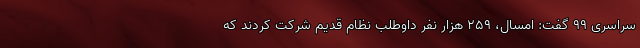
سراسری ۹۹ گفت: امسال، ۲۵۹ هزار نفر داوطلب نظام قدیم شرکت کردند که